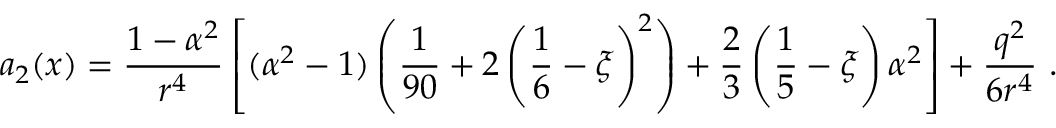
a _ { 2 } ( x ) = \frac { 1 - \alpha ^ { 2 } } { r ^ { 4 } } \left[ ( \alpha ^ { 2 } - 1 ) \left( \frac 1 { 9 0 } + 2 \left( \frac 1 6 - \xi \right) ^ { 2 } \right) + \frac 2 3 \left( \frac 1 5 - \xi \right) \alpha ^ { 2 } \right] + \frac { q ^ { 2 } } { 6 r ^ { 4 } } \ .